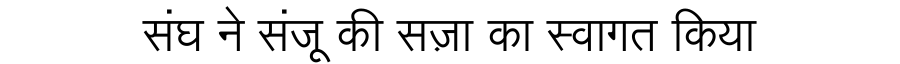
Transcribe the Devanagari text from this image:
संघ ने संजू की सज़ा का स्वागत किया